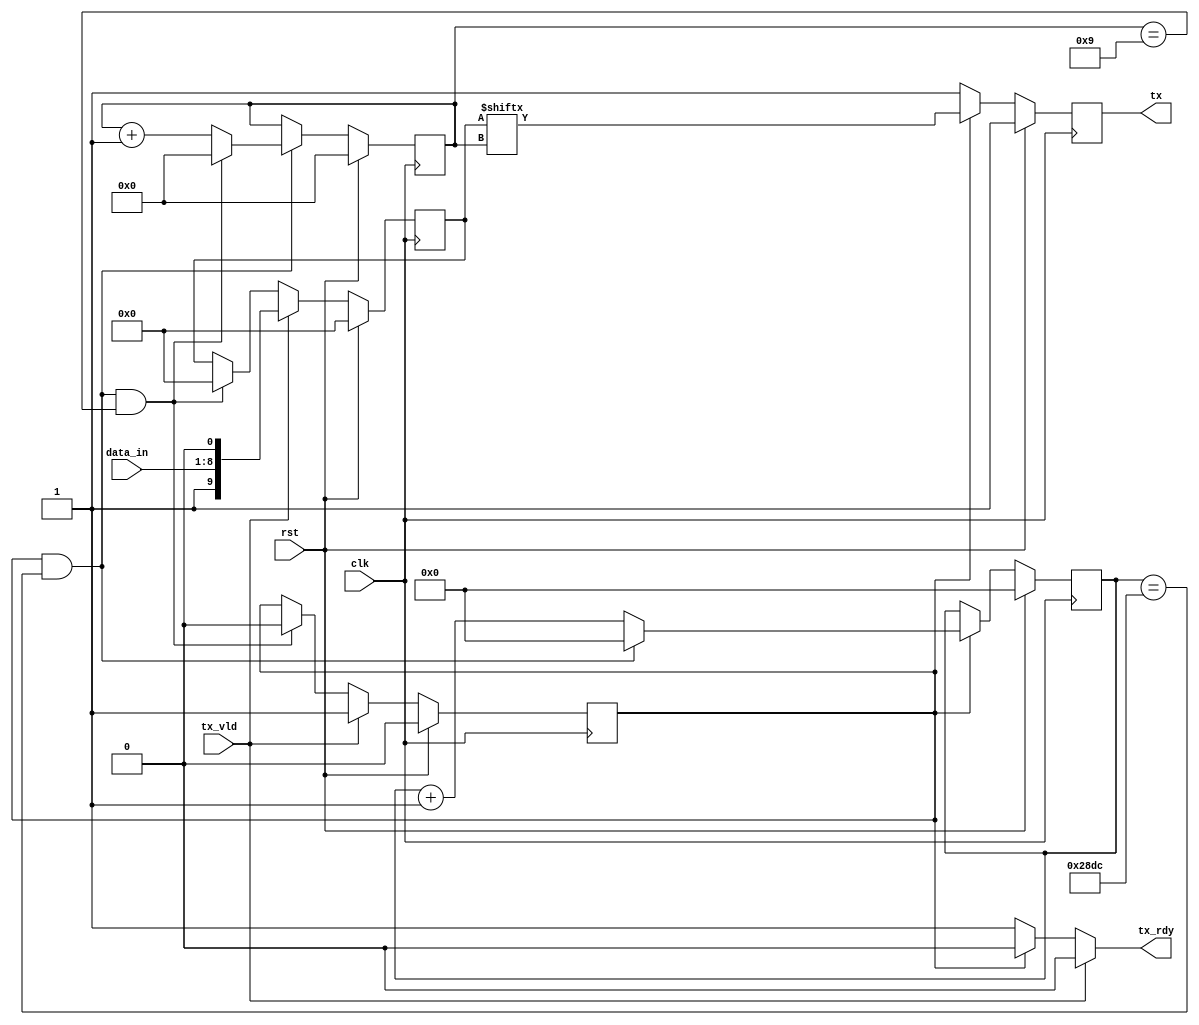
module uart_tx #(
		parameter	bps	=	10461
)
(
		input 				clk		,
		input 				rst		,
		input		[7:0]	data_in	,
		input 				tx_vld	,
		output reg 			tx		,
		output reg 			tx_rdy
    );
	reg flag;
	reg[13:0] cnt1;
	reg[3:0] cnt2;
	reg[9:0] data;
	
	always@(posedge clk)begin
		if(rst)
			flag <= 0;
		else
		if(tx_vld)//且rdy == 1
			flag <= 1;
		else
		if(end_cnt2)
			flag <= 0;
	end
	always@(posedge clk)begin
		if(rst)
			cnt1 <= 0;
		else begin
			if(add_cnt1)
				if(end_cnt1)
					cnt1 <= 0;
				else
					cnt1 <= cnt1 + 1'b1;
		end
	end
	assign add_cnt1 = flag;
	assign end_cnt1 = add_cnt1 && cnt1 == bps - 1;

	always@(posedge clk)begin
		if(rst)
			cnt2 <= 0;
		else begin
			if(add_cnt2)
				if(end_cnt2)
					cnt2 <= 0;
				else
					cnt2 <= cnt2 + 1'b1;   //如果不给1'b1会报warning
		end
	end
	assign add_cnt2 = end_cnt1;
	assign end_cnt2 = add_cnt2 && cnt2 == 10 - 1;

	always@* begin  //组合逻辑
		if(tx_vld)
			tx_rdy = 0;
		else
		if(flag)
			tx_rdy = 0;
		else
			tx_rdy = 1;
	end

	always@(posedge clk)begin//
		if(rst)
			tx <= 1;
		else 
		if(flag)//flag && cnt == 0
			tx <= data[cnt2];
		else
			tx <= 1;
	end	
	
	always@(posedge clk)begin
		if(rst)
			data <= 10'd0;
		else
		if(tx_vld)//且rdy == 1
			data <= {1'b1, data_in, 1'b0};//高低位顺序注意
		else
		if(end_cnt2)
			data <= 10'd0;
	end
endmodule